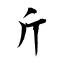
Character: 斤